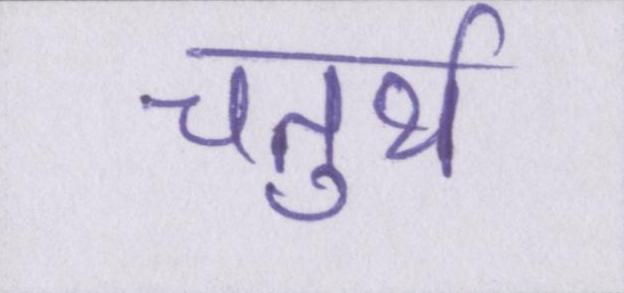
चतुर्थ